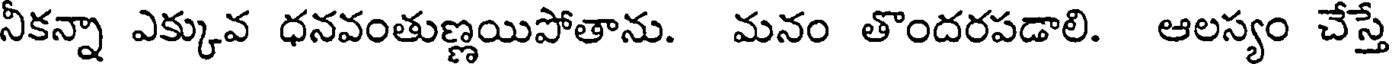
నీకన్నా ఎక్కువ ధనవంతుణ్ణయిపోతాను. మనం తొందరపడాలి. ఆలస్యం చేస్తే